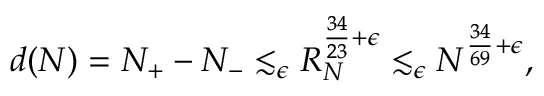
\begin{array} { r } { d ( N ) = N _ { + } - N _ { - } \lesssim _ { \epsilon } R _ { N } ^ { \frac { 3 4 } { 2 3 } + \epsilon } \lesssim _ { \epsilon } N ^ { \frac { 3 4 } { 6 9 } + \epsilon } , } \end{array}